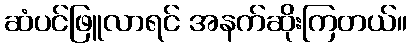
ဆံပင်ဖြူလာရင် အနက်ဆိုးကြတယ်။